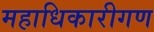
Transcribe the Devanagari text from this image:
महाधिकारीगण